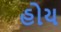
હોય